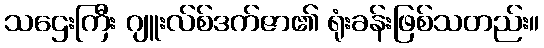
သဌေးကြီး ဂျူးလ်စ်ဒက်ဇာ၏ ရုံးခန်းဖြစ်သတည်း။